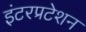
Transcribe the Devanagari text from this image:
इंटरप्रटेशन